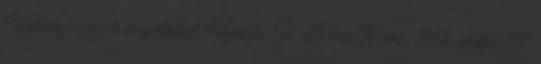
Kulturszervezete megalakul. Vezetője: Id. Leitner Ferenc. 1948. május 23.